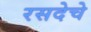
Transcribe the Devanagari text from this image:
रसदेचे